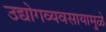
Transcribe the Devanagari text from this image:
उद्योगव्यवसायामुळे